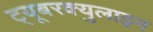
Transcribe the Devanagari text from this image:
ट्यूबरक्युलाइन